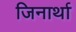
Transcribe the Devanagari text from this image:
जिनार्था